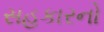
સહકારનો